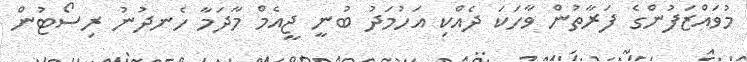
މުވައްޒަފުންގެ ފަރާތުން ވާހަކަ ދެއްކި އަހުމަދު ބުނީ ޖީއެމް މާދަމާ ހެނދުނު ރިސޯޓުން